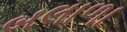
બલાળા